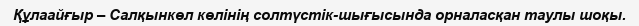
Құлаайғыр – Салқынкөл көлінің солтүстік-шығысында орналасқан таулы шоқы.